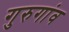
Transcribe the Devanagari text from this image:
गुरुगांव